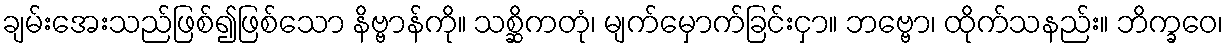
ချမ်းအေးသည်ဖြစ်၍ဖြစ်သော နိဗ္ဗာန်ကို။ သစ္ဆိကတုံ၊ မျက်မှောက်ခြင်းငှာ။ ဘဗ္ဗော၊ ထိုက်သနည်း။ ဘိက္ခဝေ၊